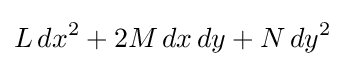
L\,dx^{2}+2M\,dx\,dy+N\,dy^{2}